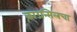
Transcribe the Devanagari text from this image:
काउन्सिलचा